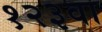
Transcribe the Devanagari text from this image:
१२३वा